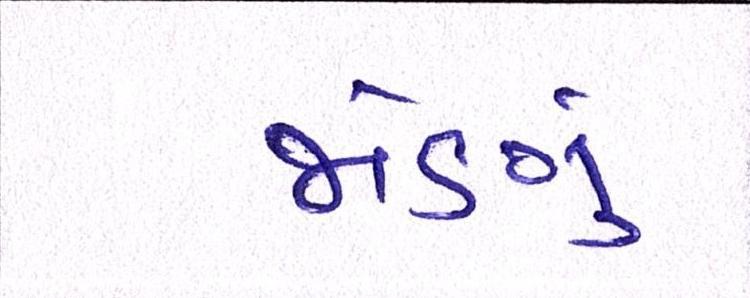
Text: જોણું